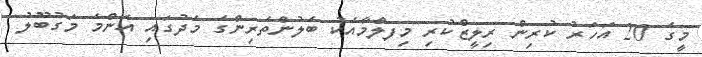
މީގެ 20 އަހަރު ކުރިން ރިލީޒްކުރި މިފލްމާއެކު ބެލުންތެރިންގެ މެދުގައި އެންމެ މަގުބޫލު